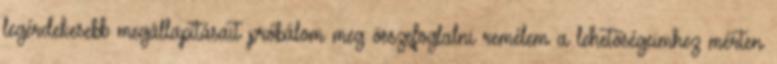
legérdekesebb megállapításait próbálom meg összefoglalni remélem a lehetőségeimhez mérten